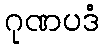
ဂုဏပဒံ